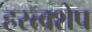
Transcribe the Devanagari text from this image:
हस्त्क्शेप